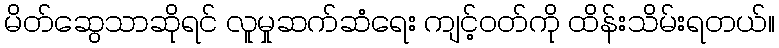
မိတ်ဆွေသာဆိုရင် လူမှုဆက်ဆံရေး ကျင့်ဝတ်ကို ထိန်းသိမ်းရတယ်။